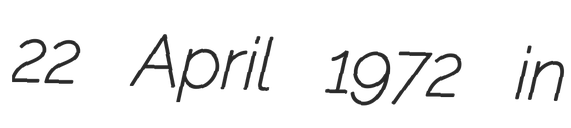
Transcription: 22 April 1972 in